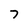
Character: 7